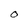
Character: O